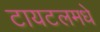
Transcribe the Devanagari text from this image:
टायटलमधे